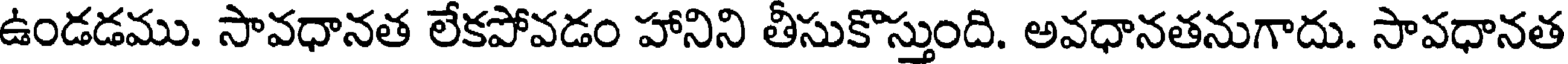
ఉండడము. సావధానత లేకపోవడం హానిని తీసుకొస్తుంది. అవధానతనుగాదు. సావధానత